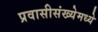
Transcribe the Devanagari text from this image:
प्रवासीसंख्येमध्ये